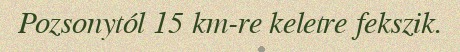
Pozsonytól 15 km-re keletre fekszik.